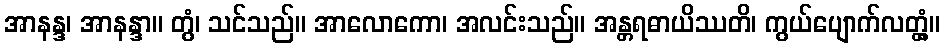
အာနန္ဒ၊ အာနန္ဒာ။ တွံ၊ သင်သည်။ အာလောကော၊ အလင်းသည်။ အန္တရဓာယိဿတိ၊ ကွယ်ပျောက်လတ္တံ့။